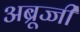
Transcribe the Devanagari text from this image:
अब्रूज्जी